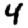
Digit: 4